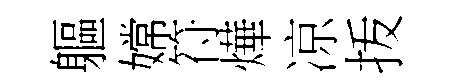
軀嫦符燁凉㧞